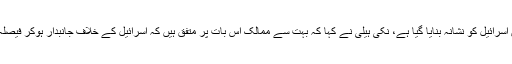
اقوام متحدہ میں امریکی سفیر نکی ہیلی کا کہنا ہے کہ پینل کا فیصلہ بے وقوفانہ ہے جس میں اسرائیل کو نشانہ بنایا گیا ہے، نکی ہیلی نے کہا کہ بہت سے ممالک اس بات پر متفق ہیں کہ اسرائیل کے خلاف جانبدار ہوکر فیصلہ کیا گیا، اقوام متحدہ میں انسانی حقوق کی کونسل اپنی ذمہ داری نبھانے میں ناکام ہوگئی ہے۔